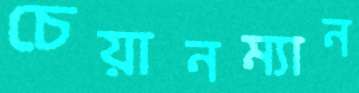
চেয়ানম্যান